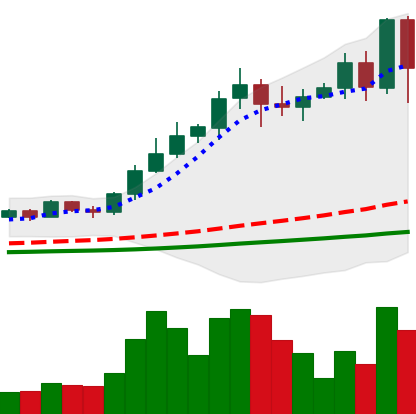
Ticker: NEO-USD
Chart end date: 2021-02-22
Forward return: -20.63%
Label: down_7plus